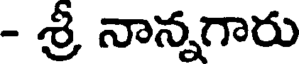
- శ్రీ నాన్నగారు